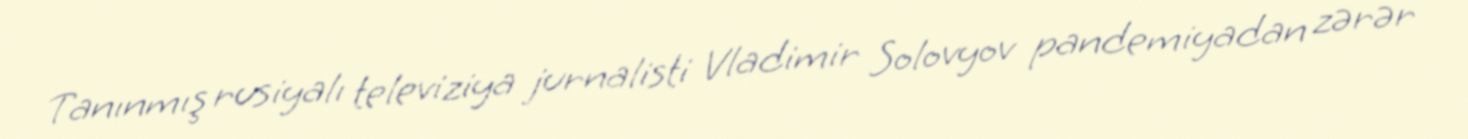
Tanınmış rusiyalı televiziya jurnalisti Vladimir Solovyov pandemiyadan zərər